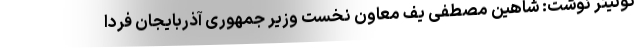
توئیتر نوشت: شاهین مصطفی یف معاون نخست وزیر جمهورى آذربایجان فردا